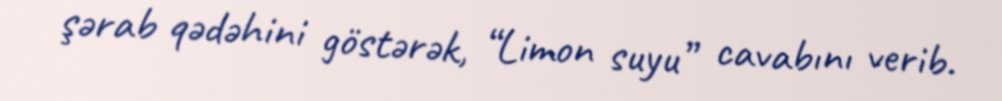
şərab qədəhini göstərək, “Limon suyu” cavabını verib.